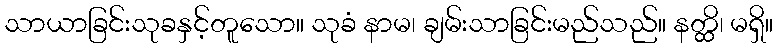
သာယာခြင်းသုခနှင့်တူသော။ သုခံ နာမ၊ ချမ်းသာခြင်းမည်သည်။ နတ္ထိ၊ မရှိ။